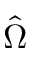
\hat { \Omega }